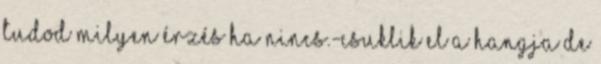
tudod milyen érzés ha nincs.-Csuklik el a hangja de